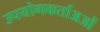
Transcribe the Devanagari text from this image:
उपयोगकर्ताअओं